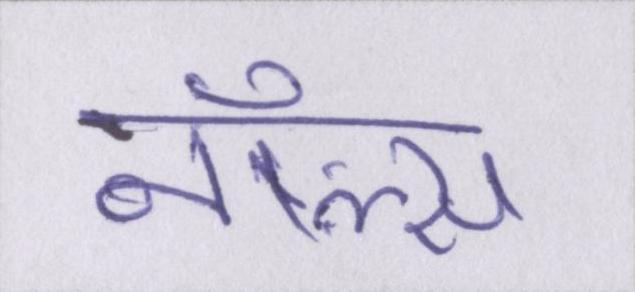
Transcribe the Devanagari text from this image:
नॉल्स